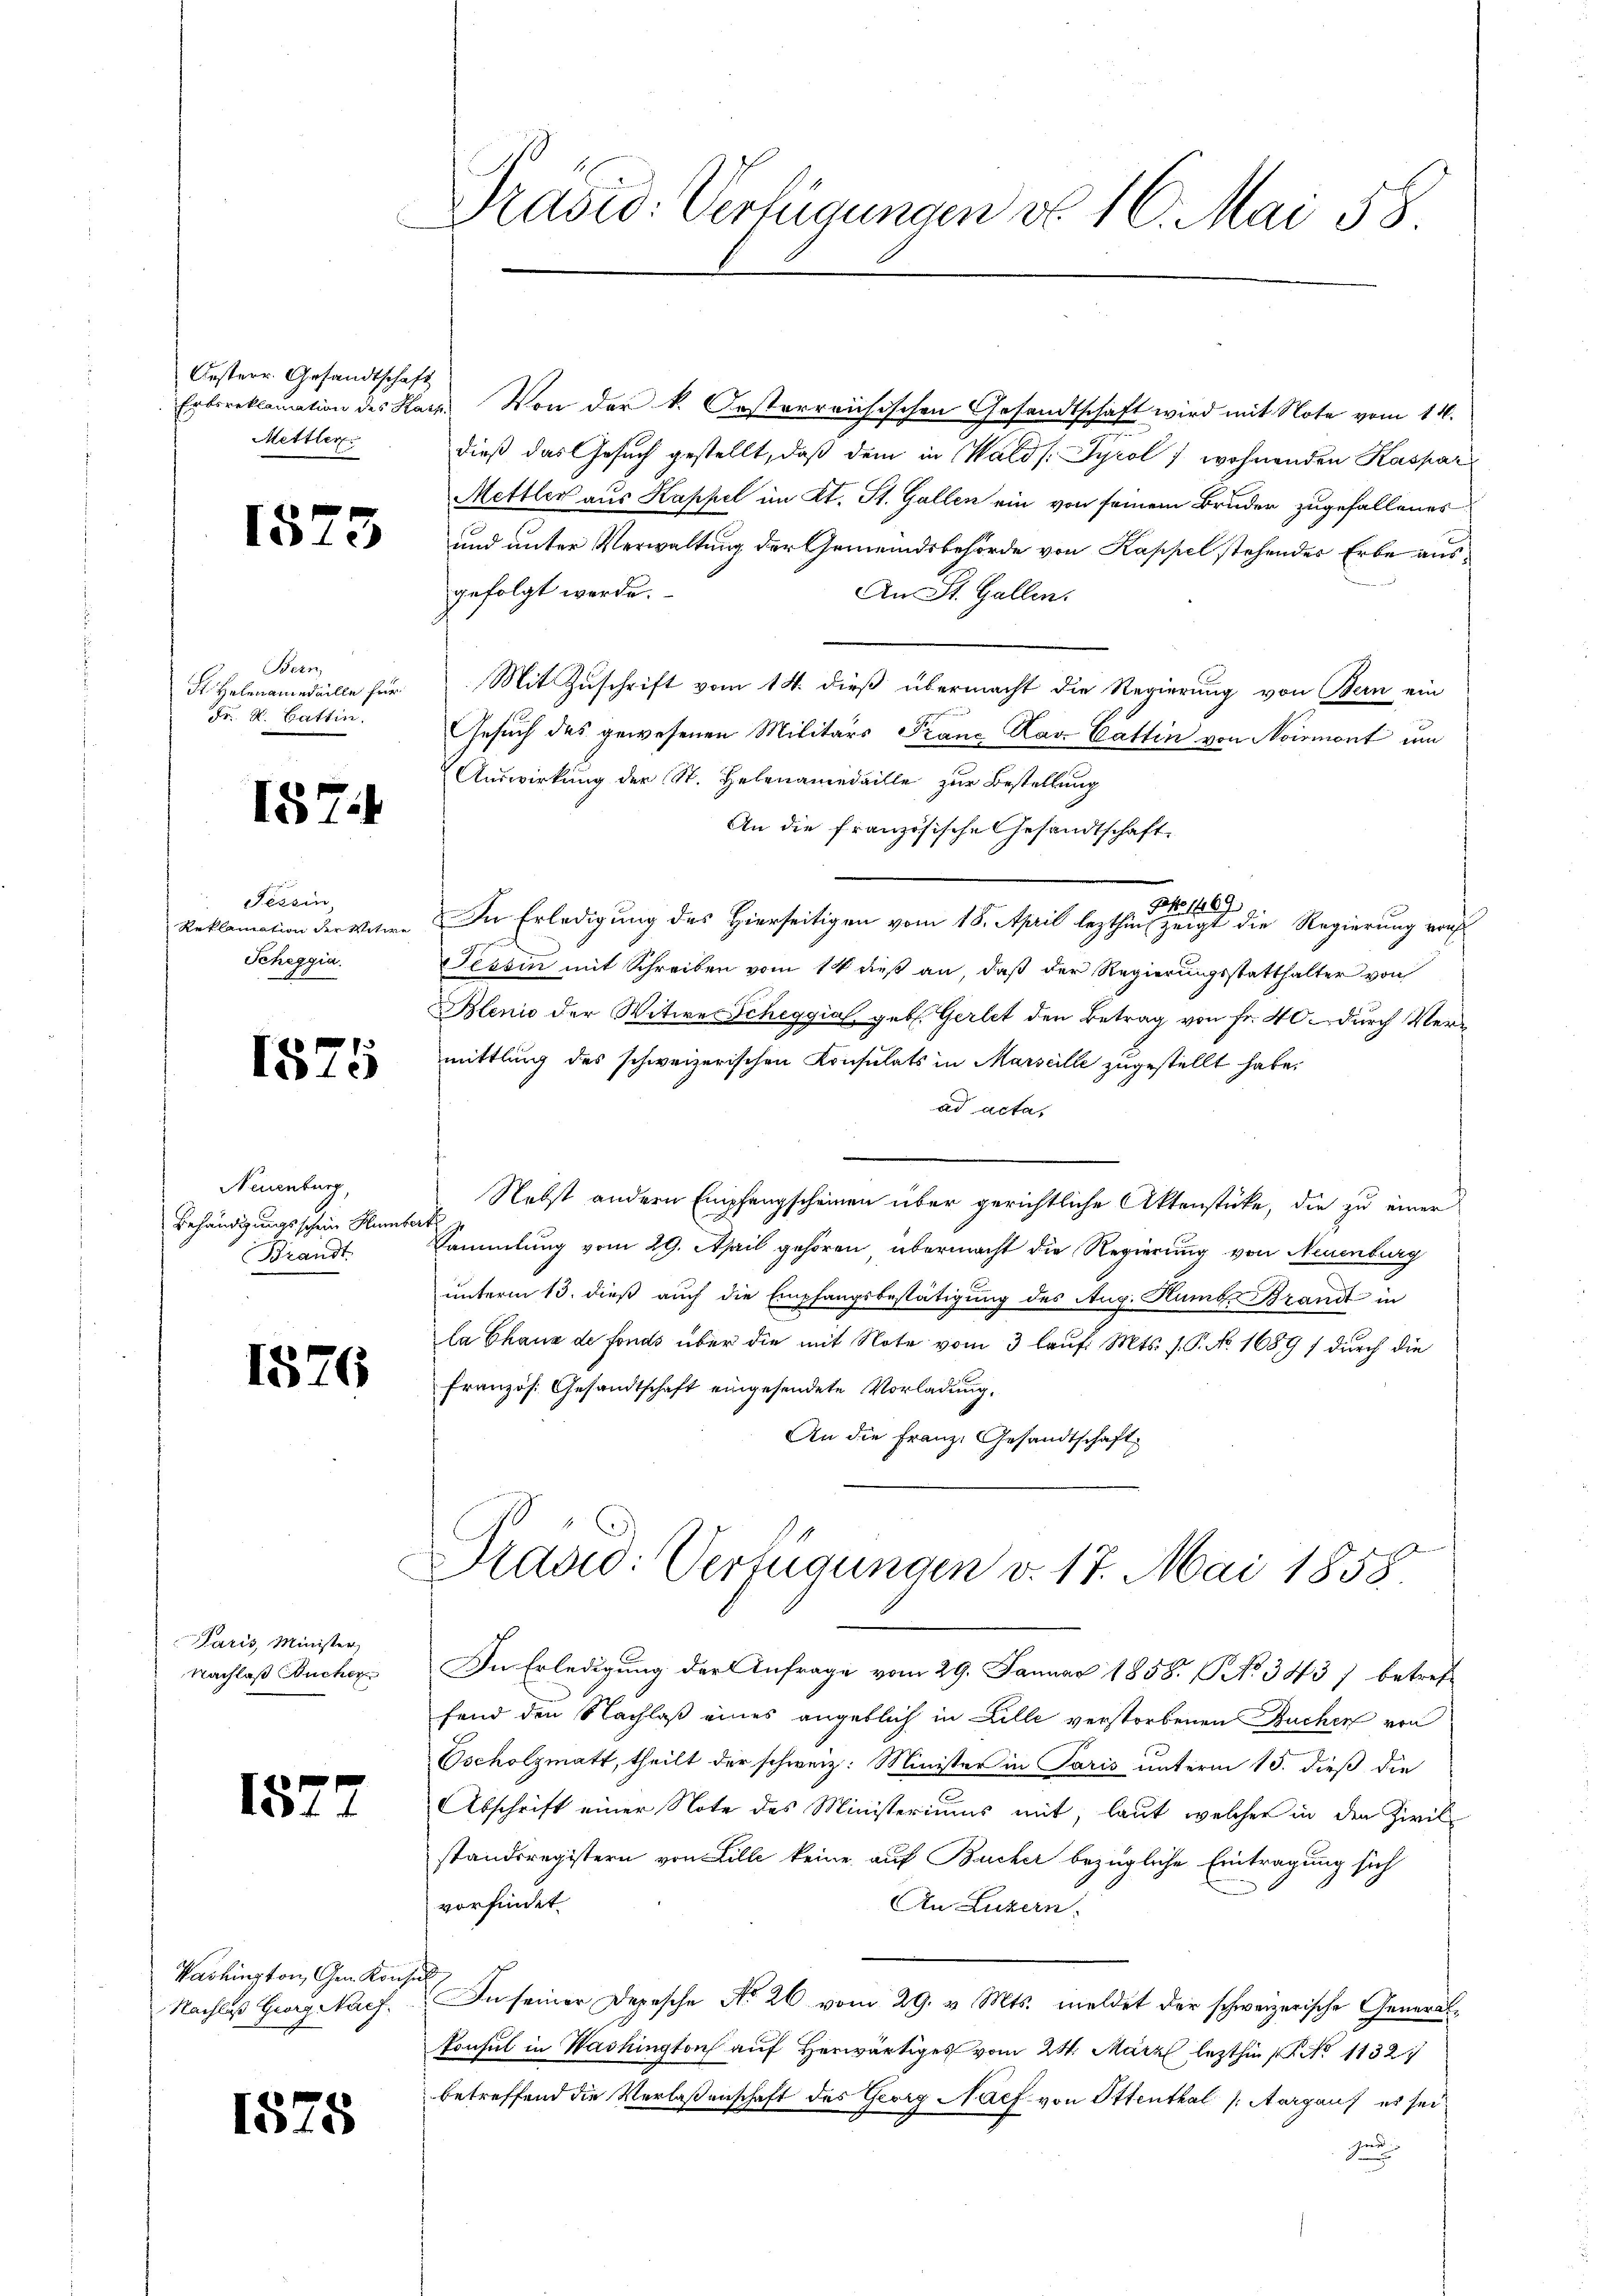
Oesterr. Gesandtschaft
Mettler

1573

Bern,
St. Helenamedaille für
Fr. K. Battin.

1574

Tessin
Reklamation der Witwe
Scheggia.

Neuenburg,
Behändigungsschein Humbert
Brandt

1576

Paris, Minister,
Nachlaß Sucher

18.

1575

Washington, Gen. Konse
Nachlaß Georg Nach

1575

Präsid. Verfügungen d. 16. Mai 18

Erboreklamation des Harz. Von der k. Oesterreichischen Gesandtschaft wird mit Note vom 14.
dieß das Gesuch gestellt, daß dem in Walds Tyrol, wohnenden Kaspar
Mettler aus Kappel im Kt. St. Gallen ein von seinem Bruder zugefallenes
und unter Verwaltung der Gemeindsbehörde von Kappel stehendes Erbe ausgefolgt werde.
An St. Gallen.
Mit Zuschrift vom 14. dieß übermacht die Regierung von Bern ein
Gesuch des gewesenen Militärs Franz Kar Cattin von Normont um
Auswirkung der St. Helenamedaille zur Bestellung
An die französische Gesandtschaft
pato 1469
In Erledigung des Hierseitigen vom 18. April lezthin zeigt die Regierung von
Tessin mit Schreiben vom 14 dieß an, daß der Regierungsstatthalter von
Blenio der Witwe Scheggia, geb. Gerlet den Betrag von Fr. 40 durch Vermittlung des schweizerischen Konsulats in Marseille zugestellt habe.
ad acta,
Nebst andern Empfangscheinen über gerichtliche Aktenstücke, die zu einer
Sammlung vom 29. April gehören, übermacht die Regierung von Neuenburg
unterm 13. dieß auch die Empfangsbestätigung des Aug. Humb. Brandt in
la Chaux de fonds über die mit Note vom 3 lauf. Mts. 1. P. No. 1689 durch die
Französ. Gesandtschaft eingesendete Vorladung.
An die Franz. Gesandtschaft
Praad: Verfügungen v. 17. Mai 1858.
In Erledigung der Anfrage vom 29. Januar 1858. No 3437 betreffend den Nachlaß eines angeblich in Bille verstorbenen Bucher von
Oscholzmatt, theilt der schweiz. Minister in Paris unterm 15. dieß die
Abschrift einer Note des Ministeriums mit, laut welcher in den Zivil-
standsregistern von Lille keine auf Bucher bezügliche Eintragung sich
vorfindet.
An Luzern.
¬
In seiner Depesche No 26 vom 29. v. Mts. meldet der schweizerische General¬
Ponsul in Washington auf Herwärtiges vom 24. März lezthin No 1132
betreffend die Verlaßenschaft des Georg Naef von Ottenthal (Aargaus es sei
g